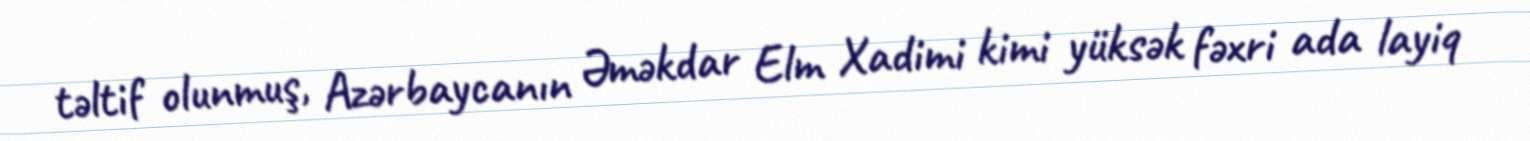
təltif olunmuş, Azərbaycanın Əməkdar Elm Xadimi kimi yüksək fəxri ada layiq